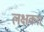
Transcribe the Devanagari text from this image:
लक्षकार